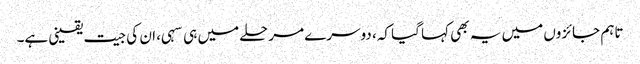
تاہم جائزوں میں یہ بھی کہا گیا کہ، دوسرے مرحلے میں ہی سہی، ان کی جیت یقینی ہے۔